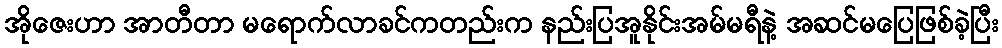
အိုဇေးဟာ အာတီတာ မရောက်လာခင်ကတည်းက နည်းပြအူနိုင်းအမ်မရီနဲ့ အဆင်မပြေဖြစ်ခဲ့ပြီး